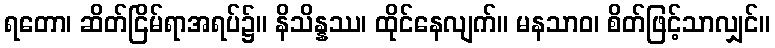
ရတော၊ ဆိတ်ငြိမ်ရာအရပ်၌။ နိသိန္နဿ၊ ထိုင်နေလျက်။ မနသာဝ၊ စိတ်ဖြင့်သာလျှင်။